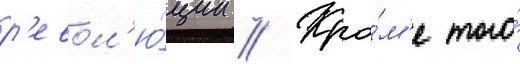
р'евол'ю́ции // Кро́м'е того́